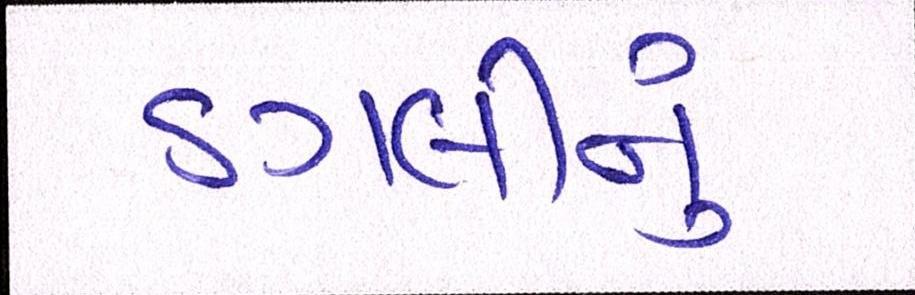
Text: ડગલીનું